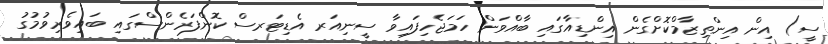
ސީ) އިން އިންތިޒާމްކޮށްގެން އިންޑިއާގައި ބާއްވަން ހަމަޖެހިފައިވާ ސީނިއަރ އެޑިޓަރސް ކޮންފަރެންސްގައި ބައިވެރިވުމުގު